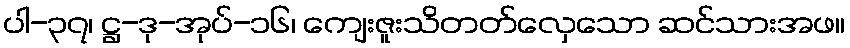
ပါ-၃၇၊ ဋ္ဌ-ဒု-အုပ်-၁၆၊ ကျေးဇူးသိတတ်လှေသော ဆင်သားအဖ။